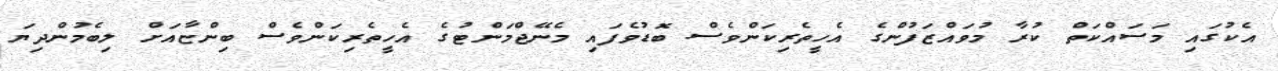
އެކުގައި މަސައްކަތް ކުރާ މުވައްޒަފުންގެ އެހީތެރިކަންވެސް ބޮޑުވެފައި މެނޭޖްމަންޓުގެ އެހީތެރިކަންވެސް ބިންޏާއަށް ލިބެމުންދިޔަ